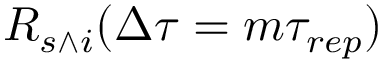
R _ { s \wedge i } ( \Delta \tau = m \tau _ { r e p } )